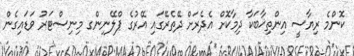
ކޮންމެ ރިޔާސީ އިންތިޚާބަކާ ދިމާކޮށް އެދެރަށް ދޭތެރޭގައި އޭރުގެ ޕްލޭނިންގ މިނިސްޓަރު ވަޑައިގެން